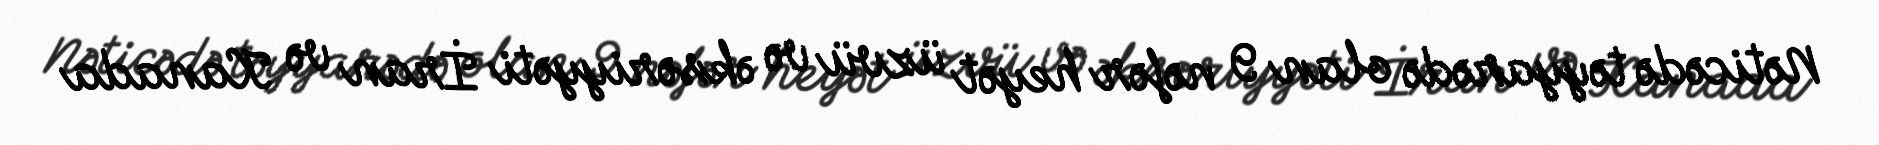
Nəticədə təyyarədə olan 9 nəfər heyət üzvü və əksəriyyəti İran və Kanada